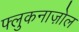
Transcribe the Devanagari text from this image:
फ्लुकनाज़ोल